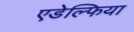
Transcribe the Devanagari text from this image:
एडेल्फिया